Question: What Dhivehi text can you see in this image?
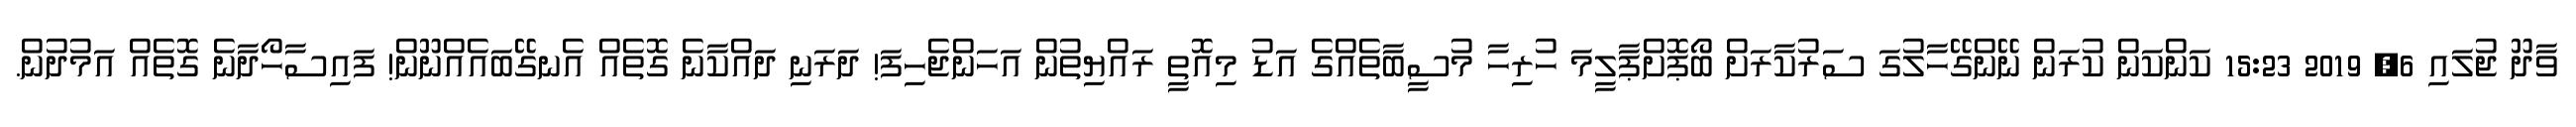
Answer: ވާދޫ ޖުލައި 6, 2019 15:23 ކަންކަން ކުރަން ނޭންގޭހާލުގަ ސަރުކާރަށް ބޯޕޮށްޕާލީމަ ހުރިހާ މުސީބާތެއްގެ އަޑު މިއޮތީ ރައްޔިތުން އަހަންޖެހިފަ! ދަރަނި ދައްކާނެ ގޮތެއް އެނގޭބައެއްނޫން! ފައިސާހޯދާނެ ގޮތެއް އަމުދުން.